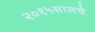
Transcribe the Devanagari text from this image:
२०१५सालचे